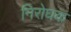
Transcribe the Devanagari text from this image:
निरोघक